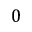
\boldsymbol { 0 }